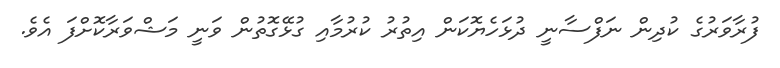
ފުރާވަރުގެ ކުދިން ނަފްސާނީ ދުޅަހެޔޮކަން އިތުރު ކުރުމާއި ގުޅޭގޮތުން ވަނީ މަޝްވަރާކޮށްފަ އެވެ.